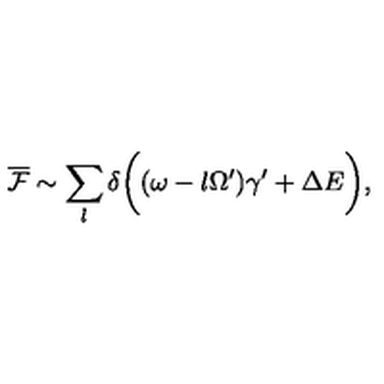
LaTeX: \overline { { \cal F } } \sim \sum _ { l } \delta \biggl ( ( \omega - l \Omega ^ { \prime } ) \gamma ^ { \prime } + \Delta E \biggr ) ,